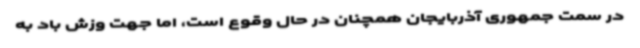
در سمت جمهوری آذربایجان همچنان در حال وقوع است، اما جهت وزش باد به